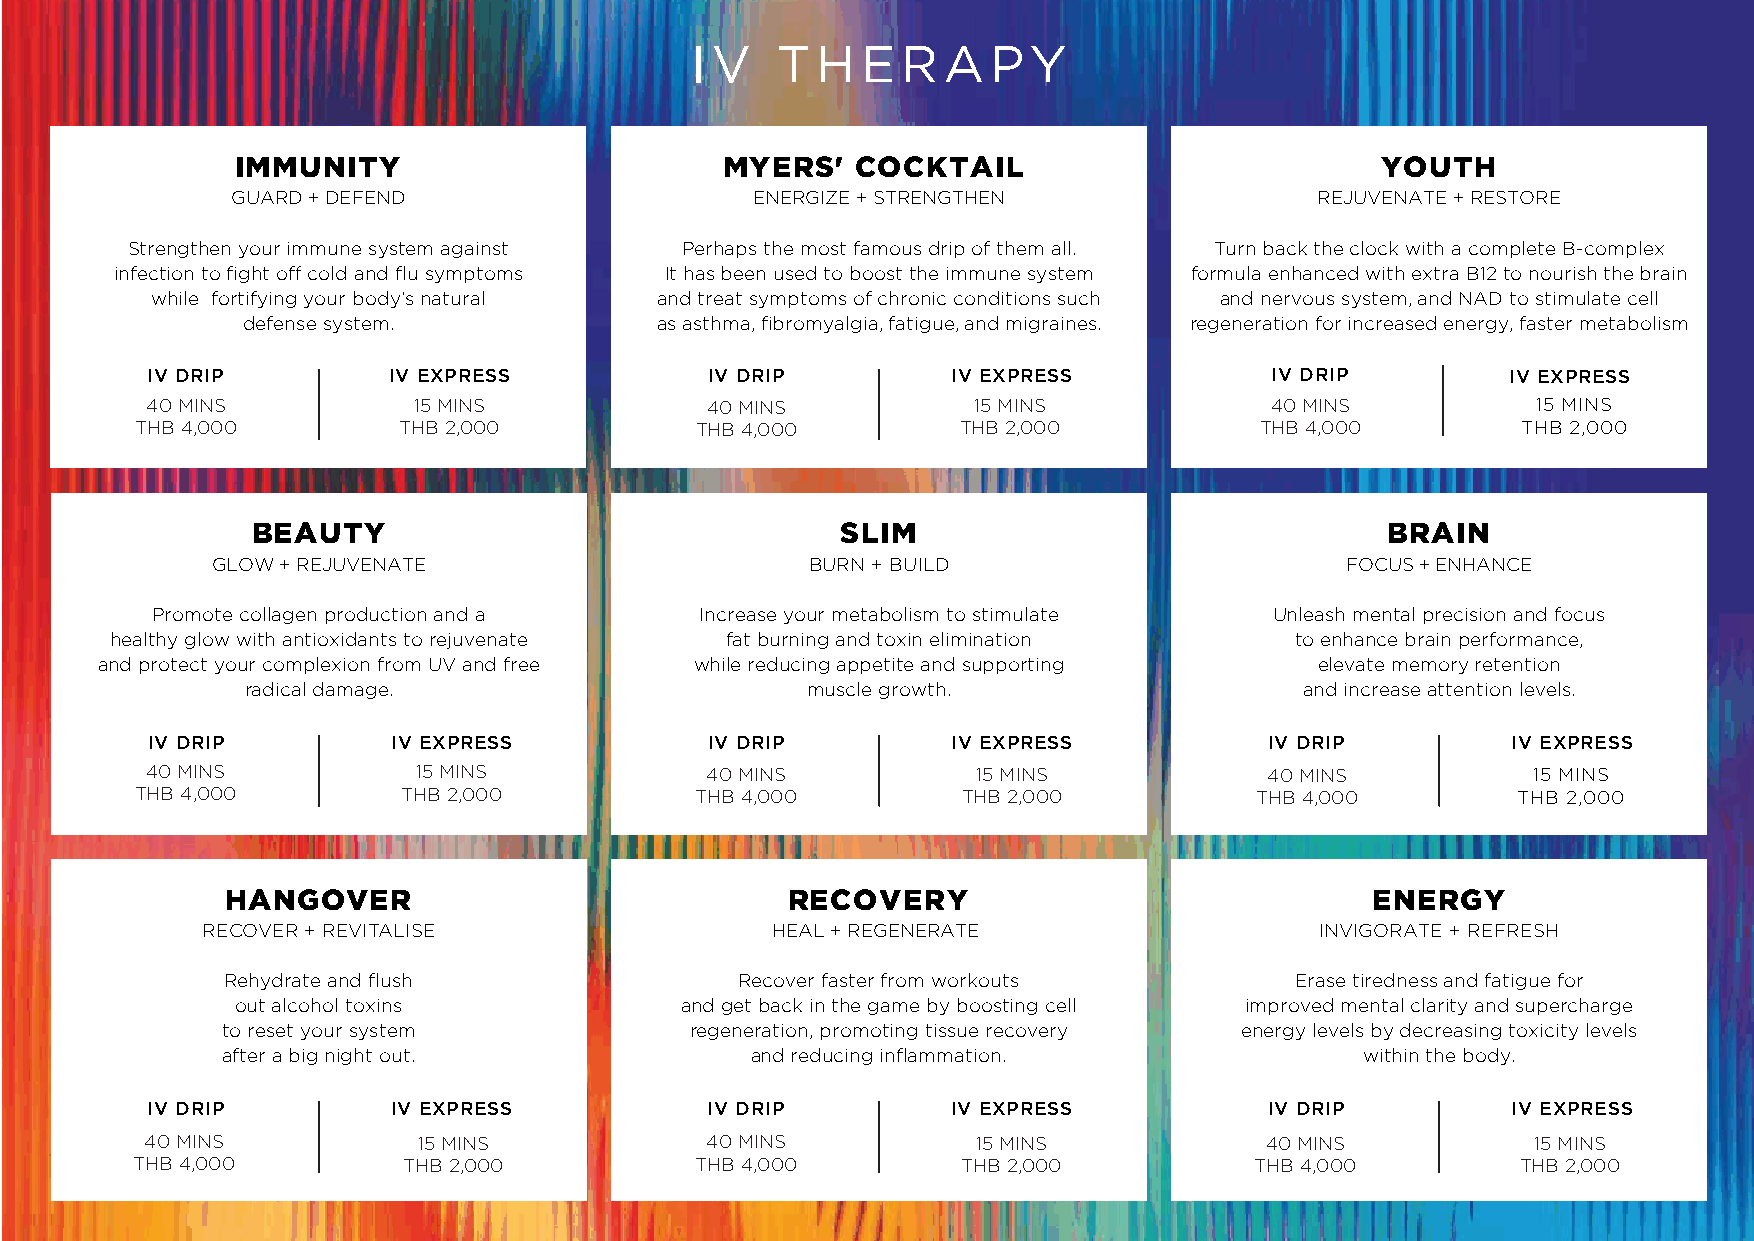
IV   THERAPY
 IMMUNITY                        MYERS'   COCKTAIL                          YOUTH
 GUARD + DEFEND                     ENERGIZE + STRENGTHEN                REJUVENATE + RESTORE
 Strengthen your immune system against Perhaps the most famous drip of them all. Turn back the clock with a complete B-complex
 infection to fight off cold and flu symptoms It has been used to boost the immune system formula enhanced with extra B12 to nourish the brain
 while fortifying your body’s natural and treat symptoms of chronic conditions such and nervous system, and NAD to stimulate cell
 defense system.            as asthma, fibromyalgia, fatigue, and migraines. regeneration for increased energy, faster metabolism
 IV DRIP         IV EXPRESS           IV DRIP         IV EXPRESS           IV DRIP         IV EXPRESS
 40 MINS          15 MINS             40 MINS          15 MINS             40 MINS           15 MINS
 THB 4,000        THB 2,000           THB 4,000         THB 2,000          THB 4,000         THB 2,000
 BEAUTY                                 SLIM                                BRAIN
 GLOW + REJUVENATE                       BURN + BUILD                       FOCUS + ENHANCE
 Promote collagen production and a   Increase your metabolism to stimulate Unleash mental precision and focus
 healthy glow with antioxidants to rejuvenate fat burning and toxin elimination to enhance brain performance,
 and protect your complexion from UV and free while reducing appetite and supporting elevate memory retention
 radical damage.                      muscle growth.                   and increase attention levels.
 IV DRIP         IV EXPRESS           IV DRIP         IV EXPRESS           IV DRIP         IV EXPRESS
 40 MINS           15 MINS            40 MINS           15 MINS            40 MINS          15 MINS
 THB 4,000         THB 2,000          THB 4,000         THB 2,000          THB 4,000        THB 2,000
 HANGOVER                             RECOVERY                               ENERGY
 RECOVER + REVITALISE                  HEAL + REGENERATE                   INVIGORATE + REFRESH
 Rehydrate and flush               Recover faster from workouts         Erase tiredness and fatigue for
 out alcohol toxins           and get back in the game by boosting cell improved mental clarity and supercharge
 to reset your system           regeneration, promoting tissue recovery energy levels by decreasing toxicity levels
 after a big night out.             and reducing inflammation.              within the body.
 IV DRIP         IV EXPRESS           IV DRIP         IV EXPRESS           IV DRIP         IV EXPRESS
 40 MINS           15 MINS            40 MINS           15 MINS            40 MINS           15 MINS
 THB 4,000         THB 2,000          THB 4,000         THB 2,000          THB 4,000         THB 2,000